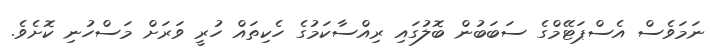
ނަމަވެސް އެސްޕަޓޭމްގެ ސަބަބުން ބޮލުގައި ރިއްސާކަމުގެ ހެކިތައް ހުރީ ވަރަށް މަސްހުނި ކޮށެވެ.